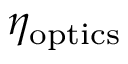
\eta _ { \mathrm { o p t i c s } }